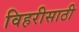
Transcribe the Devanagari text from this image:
विहरीसाठी